Summary of further report on surra
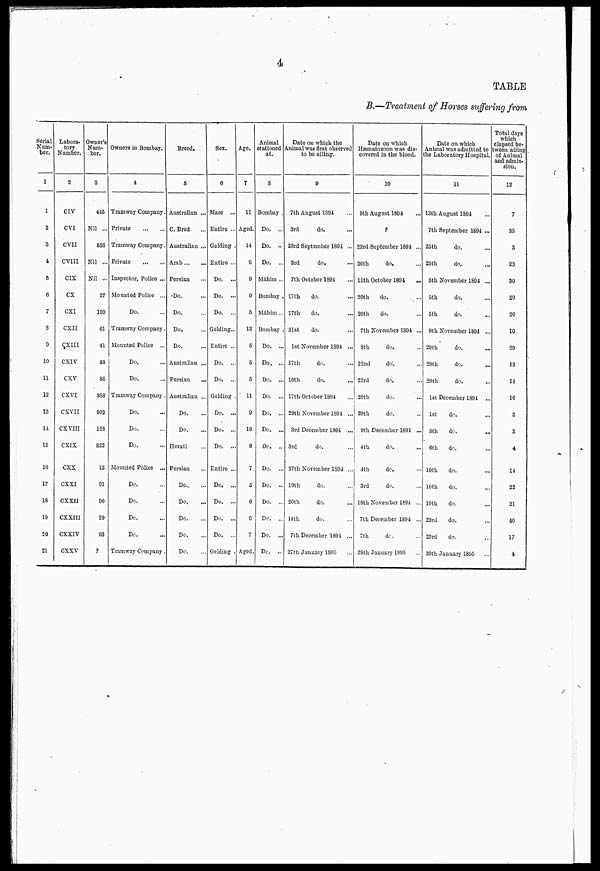
4
TABLE
B.—Treatment of Horses suffering from
Serial
Num-
ber.
1
1
2
3
4
5
C
7
8
9
10
11
12
13
14
15
16
17
18
19
20
21
Labora-
tory
Number.
2
CIV
CVI
CVII
CVIII
CIX
CX
CXI
CXII
CXIII
CXIV
CXV
CXVI
CXVII
CX VIII
CXIX
CXX
CXXI
CXXII
CXXIII
CXXIV
CXXV
Owner's
Num-
ber.
3
445
Nil ..
536
Nil ...
Nil ...
27
100
61
41
58
86
388
502
128
822
13
91
96
29
93
?
Owners in Bombay.
4
Tramway Company.
Private
Tramway Company.
Private
Inspector, Police ...
Mounted Police ...
Do.
Tramway Company.
Mounted Police ...
Do.
Do.
Tramway Company .
Do.
Do.
Do.
Mounted Police ...
Do.
Do.
Do.
Do.
Tramway Company
Breed.
5
Australian ...
C. Bred
Australian ...
Arab
Persian
Do.
Do.
Do.
Do.
Australian ...
Persian
...
Australian ...
Do.
Do.
Herati
Persian
Do..
Do.
Do.
Do.
Do.
Sex.
6
Mare ...
Entire ...
Gelding .
Entire ...
Do. ...
Do. ...
Do. ...
Gelding...
Entire ...
Do. ...
Do. ..
Gelding .
Do. ...
Do. ..
Do. ..
Entire ..
Do. ..
Do, ..
Do. ..
Do. ..
Gelding
Age.
7
11
Aged.
14
6
9
9
5
13
5
5
5
11
9
16
8
7
5
6
6
7
Aged
Animal
stationed A
at,
8
Bombay .
Do. ...
Do. ...
Do. ...
Máhim ...
Bombay .
Máhim ...
Bombay .
Do. ...
Do. ...
Do. ...
Do. ...
Do. ...
Do. ...
Do. ..
Do. ..
Do. ..
Do. ..
Do. ..
Do. ...
Do. ...
Date on which the
Animal was first observed
to be ailing.
9
7th August 1894
3rd
do.
23rd September 1894 ...
3rd
do.
7th October 1894
17th
do.
17th
do.
31st
do.
1st November 1894 ...
17th
do.
16th
do.
17th October 1894
29th November 1891 ...
3rd December 1891 ...
3rd
do.
27th November 1894 ..
19th
do.
20th
do.
14th
do.
7th December 1894 ...
27th January 1895
Date on which
Hæmatozoon was dis-
covered in the blood.
10
9th August 1894
?
23rd September 1894 .;.
26th
do.
11th October 1894
20th
do.
20th
do.
7th November 1894 ...
8th
do.
22nd
do.
23rd
do.
29th
do.
29th
do.
9th December 1894 ...
4th
do.
4th
do.
3rd
do.
18th November 1S94 ..
7th December 1S94 ..
7th
do.
28th January 1895
Date on which
Animal was admitted to
the Laboratory Hospital.
11
13th August 1894
7th September 1894 ...
25th
do,
25th
do.
5th November 1S94 ...
5th
do.
5th
do.
9th November 1894 ...
29th
do.
29th
do.
29th
do.
1st December 1894 ...
1st
do.
5th
dc.
6th
do.
10th
do.
10th
do.
10th
do.
23rd
do.
23rd
do.
30th January 1895
Total days
which
elapsed be-
ween ailing
of Animal
and admis-
sion.
12
7
35
3
23
30
20
20
10
29
13
14
16
3
3
4
14
22
21
40
17
4